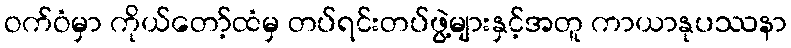
ဝက်ဝံမှာ ကိုယ်တော့်ထံမှ တပ်ရင်းတပ်ဖွဲ့များနှင့်အတူ ကာယာနုပဿနာ